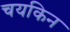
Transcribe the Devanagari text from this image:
चयकिन